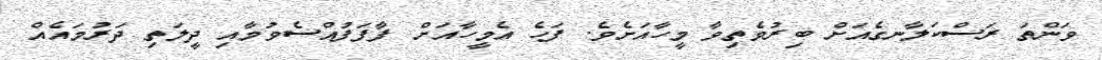
ވަންތަ ރަސްކަލާނގެއަށް ބިރުވެތިވާ މީހާއަށެވެ. ފަހެ އެމީހާއަށް ފާފަފުއްސެވުމާއި ދީލަތި ދަރުމައެއް